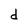
Character: d